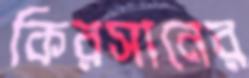
কিরসানের